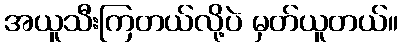
အယူသီးကြတယ်လို့ပဲ မှတ်ယူတယ်။